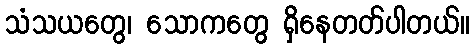
သံသယတွေ၊ သောကတွေ ရှိနေတတ်ပါတယ်။